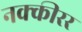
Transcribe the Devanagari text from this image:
नक्कीरर